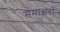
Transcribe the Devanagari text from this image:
समाक्षरों